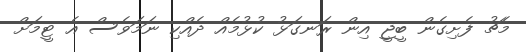
މެޗު ފެށިގެން ބީޖީ އިން ރަނގަޅު ކުޅުމެއް ދެއްކި ނަމަވެސް އެ ޓީމަށް